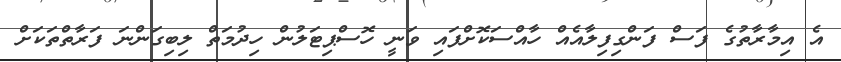
އެ އިމާރާތުގެ ފަސް ފަންގިފިލާއެއް ހާއްސަކޮށްފައި ވަނީ ހޮސްޕިޓަލުން ހިދުމަތް ލިބިގަންނަ ފަރާތްތަކަށް